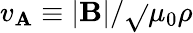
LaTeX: v_{\mathbf{A}}\equiv|{\mathbf{B}}|/\sqrt{}{{\mu_{0}\rho}}